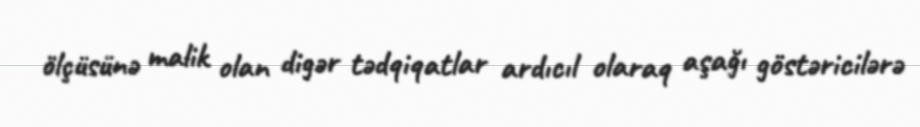
ölçüsünə malik olan digər tədqiqatlar ardıcıl olaraq aşağı göstəricilərə